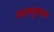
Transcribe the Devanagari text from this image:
अमनुष्य